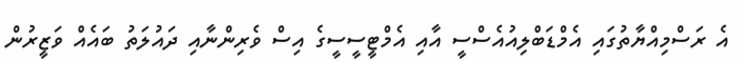
އެ ރަސްމިއްޔާތުގައި އެމްޑަބްލިއުއެސްސީ އާއި އެމްޓީސީސީގެ އިސް ވެރިންނާއި ދައުލަތު ބައެއް ވަޒީރުން